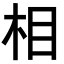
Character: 相